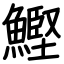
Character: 鰹